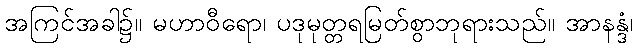
အကြင်အခါ၌။ မဟာဝီရော၊ ပဒုမုတ္တရမြတ်စွာဘုရားသည်။ အာနန္ဒံ၊